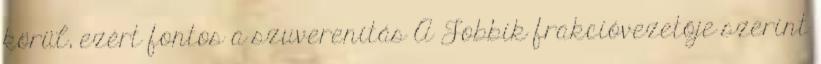
körül, ezért fontos a szuverenitás A Jobbik frakcióvezetője szerint